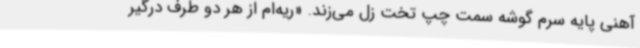
آهنی پایه سرم گوشه سمت چپ تخت زل می‌زند. «ریه‌ام از هر دو طرف درگیر